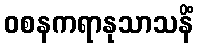
ဝစနကရာနုသာသနိံ